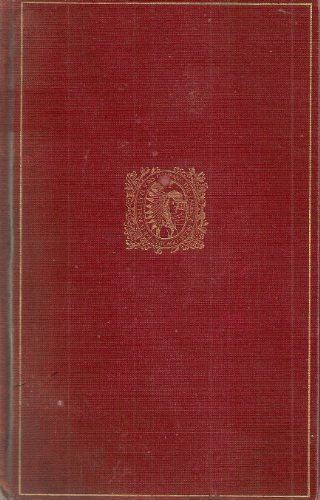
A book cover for Wau-bun,: The "early day" in the North-west, (The Lakeside classics); Mrs. John H Kinzie; Travel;